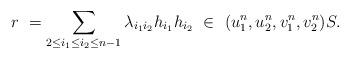
LaTeX: \begin{align*}r\ =\sum_{2\le i_1\le i_2\le n-1} \lambda_{i_1i_2} h_{i_1}h_{i_2}\ \in\ (u_1^n,u_2^n,v_1^n,v_2^n)S.\end{align*}